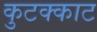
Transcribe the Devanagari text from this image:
कुटक्काट